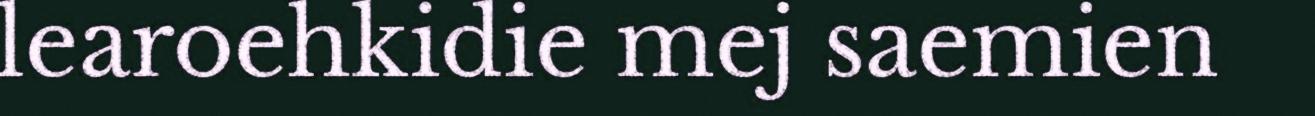
learoehkidie mej saemien